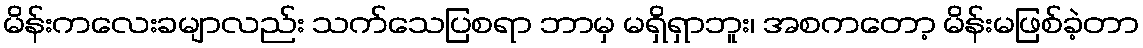
မိန်းကလေးခမျာလည်း သက်သေပြစရာ ဘာမှ မရှိရှာဘူး၊ အစကတော့ မိန်းမဖြစ်ခဲ့တာ